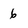
Character: 6